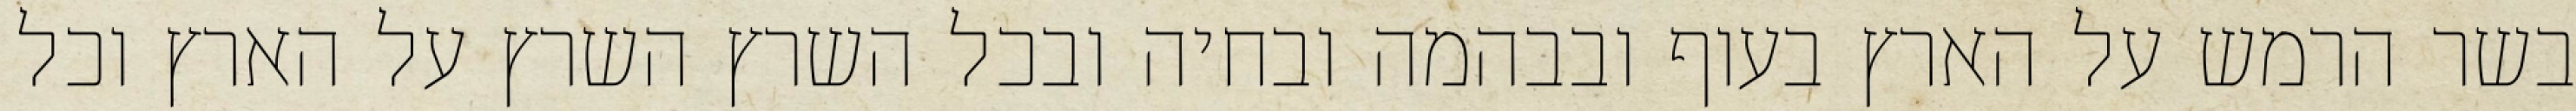
בשר הרמש על הארץ בעוף ובבהמה ובחיה ובכל השרץ השרץ על הארץ וכל